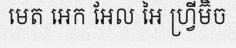
មេត អេក អែល អៃ ហ្វ្រីម៊ិច